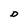
Character: D